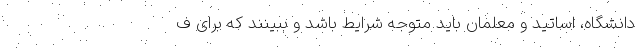
دانشگاه، اساتید و معلمان باید متوجه شرایط باشد و ببینند که برای ف